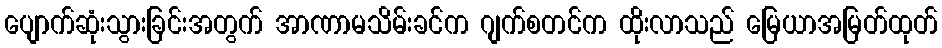
ပျောက်ဆုံးသွားခြင်းအတွက် အာဏာမသိမ်းခင်က ဂျက်စတင်က ထိုးလာသည် မြေယာအမြတ်ထုတ်